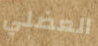
العضلي